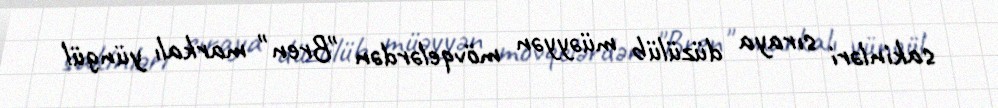
sakinləri sıraya düzülüb müəyyən mövqelərdən "Bren" markalı yüngül